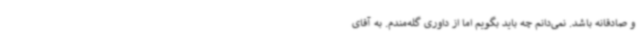
و صادقانه باشد. نمی‌دانم چه باید بگویم اما از داوری گله‌مندم. به آقای